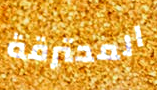
المحترقة